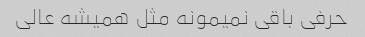
حرفی باقی نمیمونه مثل همیشه عالی